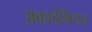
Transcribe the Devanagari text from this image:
अकाडेमियन